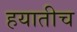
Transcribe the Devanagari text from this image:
हयातीच